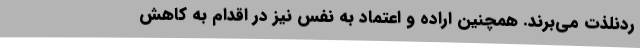
ردنلذت می‌برند. همچنین اراده و اعتماد به نفس نیز در اقدام به کاهش